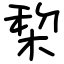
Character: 棃